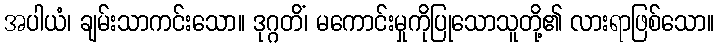
အပါယံ၊ ချမ်းသာကင်းသော။ ဒုဂ္ဂတိံ၊ မကောင်းမှုကိုပြုသောသူတို့၏ လားရာဖြစ်သော။